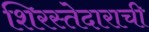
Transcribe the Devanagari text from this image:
शिरस्तेदाराची